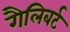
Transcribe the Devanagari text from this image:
गैलिबर्ट